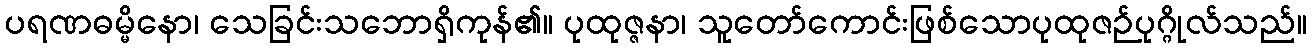
ပရဏဓမ္မိနော၊ သေခြင်းသဘောရှိကုန်၏။ ပုထုဇ္ဇနာ၊ သူတော်ကောင်းဖြစ်သောပုထုဇဉ်ပုဂ္ဂိုလ်သည်။